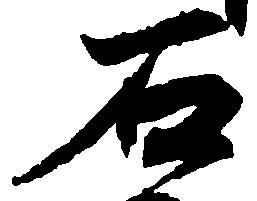
石